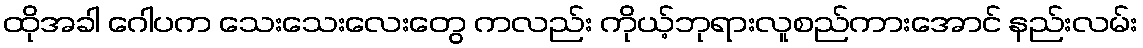
ထိုအခါ ဂေါပက သေးသေးလေးတွေ ကလည်း ကိုယ့်ဘုရားလူစည်ကားအောင် နည်းလမ်း